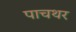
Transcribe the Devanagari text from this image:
पाचथर